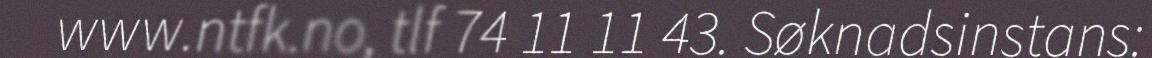
www.ntfk.no, tlf 74 11 11 43. Søknadsinstans: